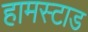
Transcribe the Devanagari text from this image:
हामस्टाड